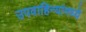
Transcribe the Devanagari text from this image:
उपवाहिन्यांमध्ये